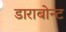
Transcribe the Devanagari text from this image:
डाराबोन्ट